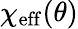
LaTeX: \chi_{\mathrm{eff}}(\theta)